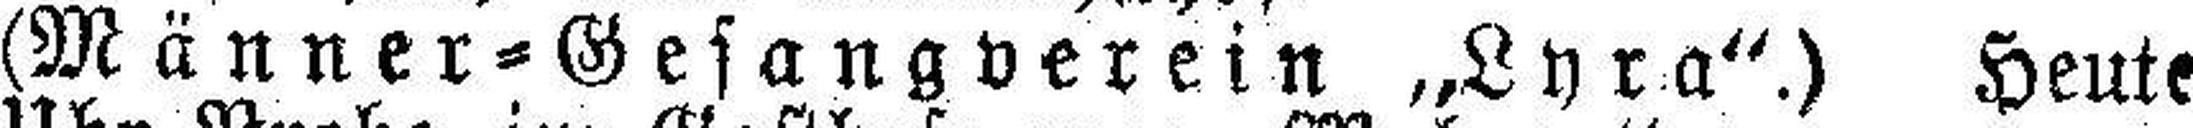
(Männer=Gesangverein „Lyra“.) Heute